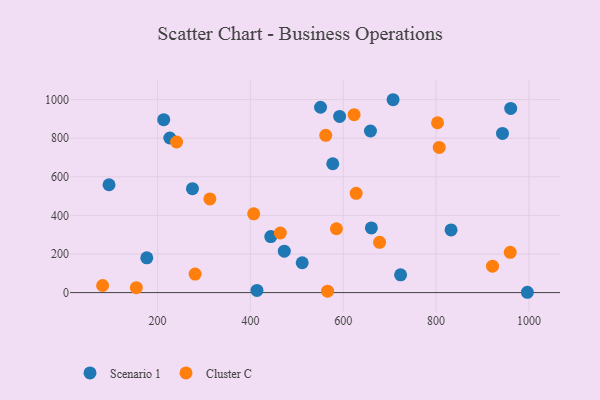
{"axis": {"x": "Investment", "y": "Sales"}, "legend": ["Cluster C", "Scenario 1"], "data": [{"x": "960.7", "y": 953.9, "type": "Scenario 1"}, {"x": "176.8", "y": 179.9, "type": "Scenario 1"}, {"x": "943.0", "y": 824.3, "type": "Scenario 1"}, {"x": "832.2", "y": 324.5, "type": "Scenario 1"}, {"x": "473.0", "y": 214.4, "type": "Scenario 1"}, {"x": "95.5", "y": 558.6, "type": "Scenario 1"}, {"x": "443.9", "y": 290.0, "type": "Scenario 1"}, {"x": "660.6", "y": 335.0, "type": "Scenario 1"}, {"x": "511.6", "y": 154.6, "type": "Scenario 1"}, {"x": "577.4", "y": 667.3, "type": "Scenario 1"}, {"x": "707.3", "y": 999.1, "type": "Scenario 1"}, {"x": "551.1", "y": 960.0, "type": "Scenario 1"}, {"x": "226.4", "y": 800.9, "type": "Scenario 1"}, {"x": "592.2", "y": 912.8, "type": "Scenario 1"}, {"x": "723.5", "y": 92.2, "type": "Scenario 1"}, {"x": "213.3", "y": 895.8, "type": "Scenario 1"}, {"x": "275.2", "y": 538.5, "type": "Scenario 1"}, {"x": "996.6", "y": 1.6, "type": "Scenario 1"}, {"x": "658.6", "y": 837.0, "type": "Scenario 1"}, {"x": "414.1", "y": 11.4, "type": "Scenario 1"}, {"x": "678.2", "y": 260.3, "type": "Cluster C"}, {"x": "803.1", "y": 879.8, "type": "Cluster C"}, {"x": "959.7", "y": 208.8, "type": "Cluster C"}, {"x": "81.7", "y": 36.7, "type": "Cluster C"}, {"x": "241.0", "y": 780.0, "type": "Cluster C"}, {"x": "280.9", "y": 96.0, "type": "Cluster C"}, {"x": "407.1", "y": 407.9, "type": "Cluster C"}, {"x": "627.8", "y": 514.0, "type": "Cluster C"}, {"x": "154.3", "y": 25.3, "type": "Cluster C"}, {"x": "562.3", "y": 814.9, "type": "Cluster C"}, {"x": "312.7", "y": 485.0, "type": "Cluster C"}, {"x": "623.4", "y": 921.8, "type": "Cluster C"}, {"x": "806.7", "y": 751.9, "type": "Cluster C"}, {"x": "464.5", "y": 308.7, "type": "Cluster C"}, {"x": "566.2", "y": 7.5, "type": "Cluster C"}, {"x": "921.5", "y": 137.0, "type": "Cluster C"}, {"x": "585.3", "y": 330.6, "type": "Cluster C"}]}